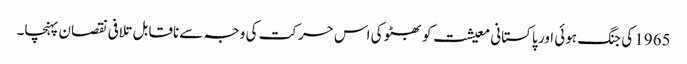
1965 کی جنگ ہوئی اور پاکستانی معیشت کو بھٹو کی اس حرکت کی وجہ سے ناقابل تلافی نقصان پہنچا۔